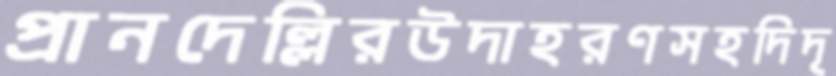
প্রানদেল্লিরউদাহরণসহদিদৃ